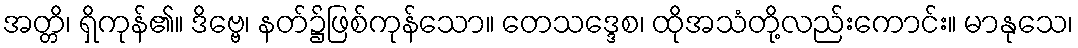
အတ္တိ၊ ရှိကုန်၏။ ဒိဗ္ဗေ၊ နတ်၌ဖြစ်ကုန်သော။ တေသဒ္ဒေစ၊ ထိုအသံတို့လည်းကောင်း။ မာနုသေ၊